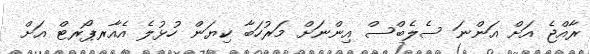
ރާއްޖެ އަށް އަންނަ ސެލެބްސް އިންނަށް މަރުހަބާ ކިޔަން ހުޅުލެ އެއާރޕޯރޓް އަށް